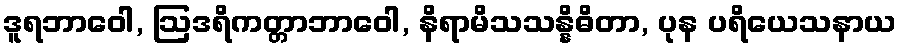
ဒူရဘာဝေါ, ဩဒရိကတ္တာဘာဝေါ, နိရာမိသသန္နိဓိတာ, ပုန ပရိယေသနာယ